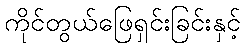
ကိုင်တွယ်ဖြေရှင်းခြင်းနှင့်